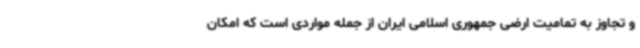
و تجاوز به تمامیت ارضی جمهوری اسلامی ایران از جمله مواردی است که امکان